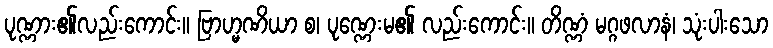
ပုဏ္ဏား၏လည်းကောင်း။ ဗြာဟ္မဏိယာ စ၊ ပုဏ္ဏေးမ၏ လည်းကောင်း။ တိဏ္ဏံ မဂ္ဂဖလာနံ၊ သုံးပါးသော